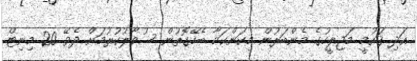
އަދި ޤައުމީ މަޖިލީހުގެ މެންބަރުން މިކަންކަމާ ބެހޭގޮތުން ސުވާލުކުރުމަށް ދެވޭ 20 މިނިޓް